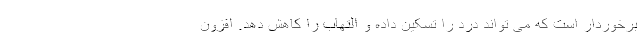
برخوردار است که می تواند درد را تسکین داده و التهاب را کاهش دهد. افزون